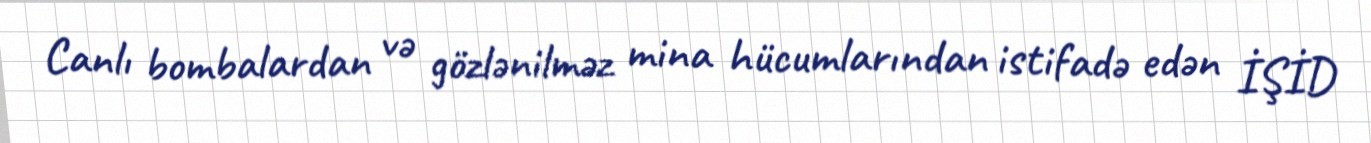
Canlı bombalardan və gözlənilməz mina hücumlarından istifadə edən İŞİD